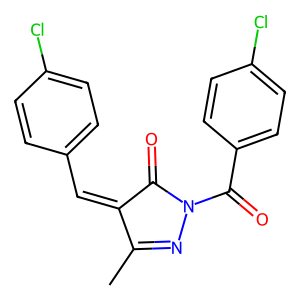
SMILES: CC1=NN(C(=O)c2ccc(Cl)cc2)C(=O)C1=Cc1ccc(Cl)cc1
Inhibits HIV replication: No